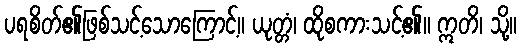
ပရစိတ်၏ဖြစ်သင့်သောကြောင့်။ ယုတ္တံ၊ ထိုစကားသင့်၏။ ဣတိ၊ သို့။